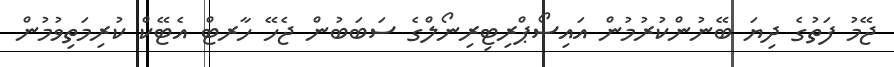
ޖޭމު ފަތުގެ ދިޔަ ބޭނުންކުރުމުން އައިސޯޕްރިޓިރިނޯލްގެ ސަބަބުން ޖެހޭ ހާރޓް އެޓޭކް ކުރިމަތިވުމުން